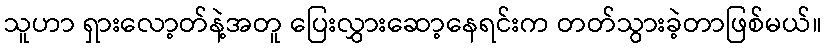
သူဟာ ရှားလော့တ်နဲ့အတူ ပြေးလွှားဆော့နေရင်းက တတ်သွားခဲ့တာဖြစ်မယ်။